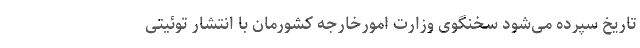
تاریخ سپرده می‌شود سخنگوی وزارت امورخارجه کشورمان با انتشار توئیتی